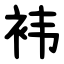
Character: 袆